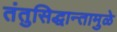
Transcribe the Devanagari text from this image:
तंतुसिद्धान्तामुळे